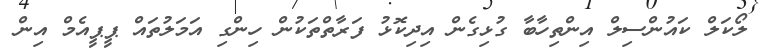
ލޯކަލް ކަައުންސިލް އިންތިހާބާ ގުޅިގެން އިދިކޮޅު ފަރާތްތަކުން ހިންގި އަމަލުތައް ޕީޕީއެމް އިން